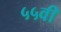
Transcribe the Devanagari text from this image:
५५वीं